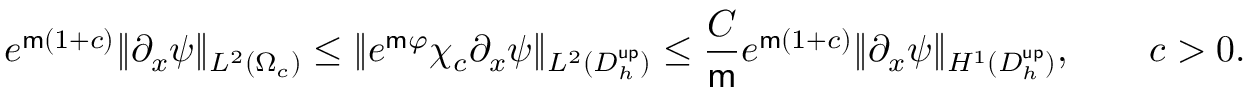
e ^ { \mathsf { m } ( 1 + c ) } \| \partial _ { x } \psi \| _ { L ^ { 2 } ( \Omega _ { c } ) } \leq \| e ^ { \mathsf { m } \varphi } \chi _ { c } \partial _ { x } \psi \| _ { L ^ { 2 } ( D _ { h } ^ { \mathsf { u p } } ) } \leq \frac { C } { \mathsf { m } } e ^ { \mathsf { m } ( 1 + c ) } \| \partial _ { x } \psi \| _ { H ^ { 1 } ( D _ { h } ^ { \mathsf { u p } } ) } , \qquad c > 0 .